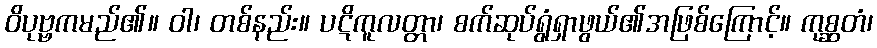
ဝိပုဗ္ဗကမည်၏။ ဝါ၊ တစ်နည်း။ ပဋိကူလတ္တာ၊ စက်ဆုပ်ရွံရှာဖွယ်၏အဖြစ်ကြောင့်။ ကုစ္ဆတံ၊